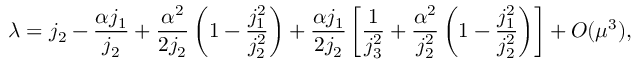
\lambda = j _ { 2 } - \frac { \alpha j _ { 1 } } { j _ { 2 } } + \frac { \alpha ^ { 2 } } { 2 j _ { 2 } } \left( 1 - \frac { j _ { 1 } ^ { 2 } } { j _ { 2 } ^ { 2 } } \right) + \frac { \alpha j _ { 1 } } { 2 j _ { 2 } } \left[ \frac { 1 } { j _ { 3 } ^ { 2 } } + \frac { \alpha ^ { 2 } } { j _ { 2 } ^ { 2 } } \left( 1 - \frac { j _ { 1 } ^ { 2 } } { j _ { 2 } ^ { 2 } } \right) \right] + { \cal O } ( \mu ^ { 3 } ) ,